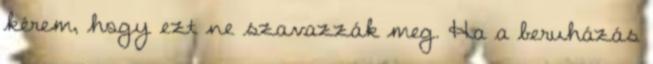
kérem, hogy ezt ne szavazzák meg. Ha a beruházás